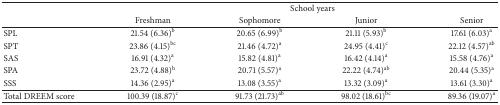
<table><thead><tr><td rowspan="2"><b> </b></td><td colspan="4"><b>School years</b></td></tr><tr><td><b>Freshman</b></td><td><b>Sophomore</b></td><td><b>Junior</b></td><td><b>Senior</b></td></tr></thead><tbody><tr><td>SPL</td><td>21.54 (6.36)<sup>b</sup></td><td>20.65 (6.99)<sup>b</sup></td><td>21.11 (5.93)<sup>b</sup></td><td>17.61 (6.03)<sup>a</sup></td></tr><tr><td>SPT</td><td>23.86 (4.15)<sup>bc</sup></td><td>21.46 (4.72)<sup>a</sup></td><td>24.95 (4.41)<sup>c</sup></td><td>22.12 (4.57)<sup>ab</sup></td></tr><tr><td>SAS</td><td>16.91 (4.32)<sup>a</sup></td><td>15.82 (4.81)<sup>a</sup></td><td>16.42 (4.14)<sup>a</sup></td><td>15.58 (4.76)<sup>a</sup></td></tr><tr><td>SPA</td><td>23.72 (4.88)<sup>b</sup></td><td>20.71 (5.57)<sup>a</sup></td><td>22.22 (4.74)<sup>ab</sup></td><td>20.44 (5.35)<sup>a</sup></td></tr><tr><td>SSS</td><td>14.36 (2.95)<sup>a</sup></td><td>13.08 (3.55)<sup>a</sup></td><td>13.32 (3.09)<sup>a</sup></td><td>13.61 (3.30)<sup>a</sup></td></tr><tr><td>Total DREEM score</td><td>100.39 (18.87)<sup>c</sup></td><td>91.73 (21.73)<sup>ab</sup></td><td>98.02 (18.61)<sup>bc</sup></td><td>89.36 (19.07)<sup>a</sup></td></tr></tbody></table>